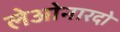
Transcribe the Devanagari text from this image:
लेओनारदो